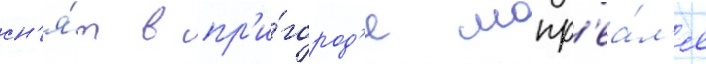
сн'я́т в пр'и́город'е монр'еа́л'я